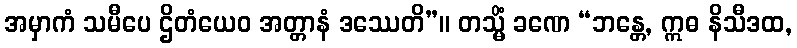
အမှာကံ သမီပေ ဌိတံယေဝ အတ္တာနံ ဒဿေတိ”။ တသ္မိံ ခဏေ “ဘန္တေ, ဣဓ နိသီဒထ,